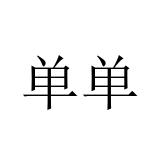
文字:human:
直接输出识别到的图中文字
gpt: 单单